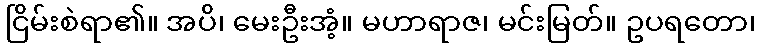
ငြိမ်းစဲရာ၏။ အပိ၊ မေးဦးအံ့။ မဟာရာဇ၊ မင်းမြတ်။ ဥပရတော၊